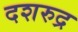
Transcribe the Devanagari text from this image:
दशरुद्र